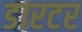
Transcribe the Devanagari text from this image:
डारटर